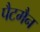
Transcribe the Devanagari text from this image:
पैटमैन